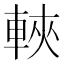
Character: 𫏶